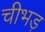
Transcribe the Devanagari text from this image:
चीभड़